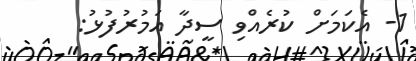
1- އެކަމަށް ކުރެއްވި ސީދާ އަމުރުފުޅު: